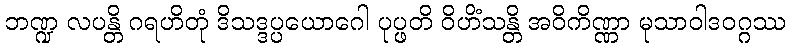
ဘဏ္ဍ လပန္တိ ဂရဟိတုံ ဒိသဒ္ဒပ္ပယောဂေါ ပုပ္ဖတိ ဝိဟိံသန္တိ အဝိကိဏ္ဏာ မုသာဝါဒဝဂ္ဂဿ